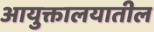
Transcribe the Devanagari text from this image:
आयुक्तालयातील